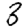
Digit: 3